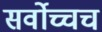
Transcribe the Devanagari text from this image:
सर्वोच्चच